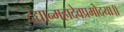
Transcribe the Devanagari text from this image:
दद्यान्महादेवप्रमोदया॥